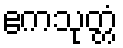
ဧကသုတ္တံ